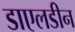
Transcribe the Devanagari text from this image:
डाएलडीन